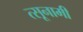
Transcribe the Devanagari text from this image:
त्सूनामी